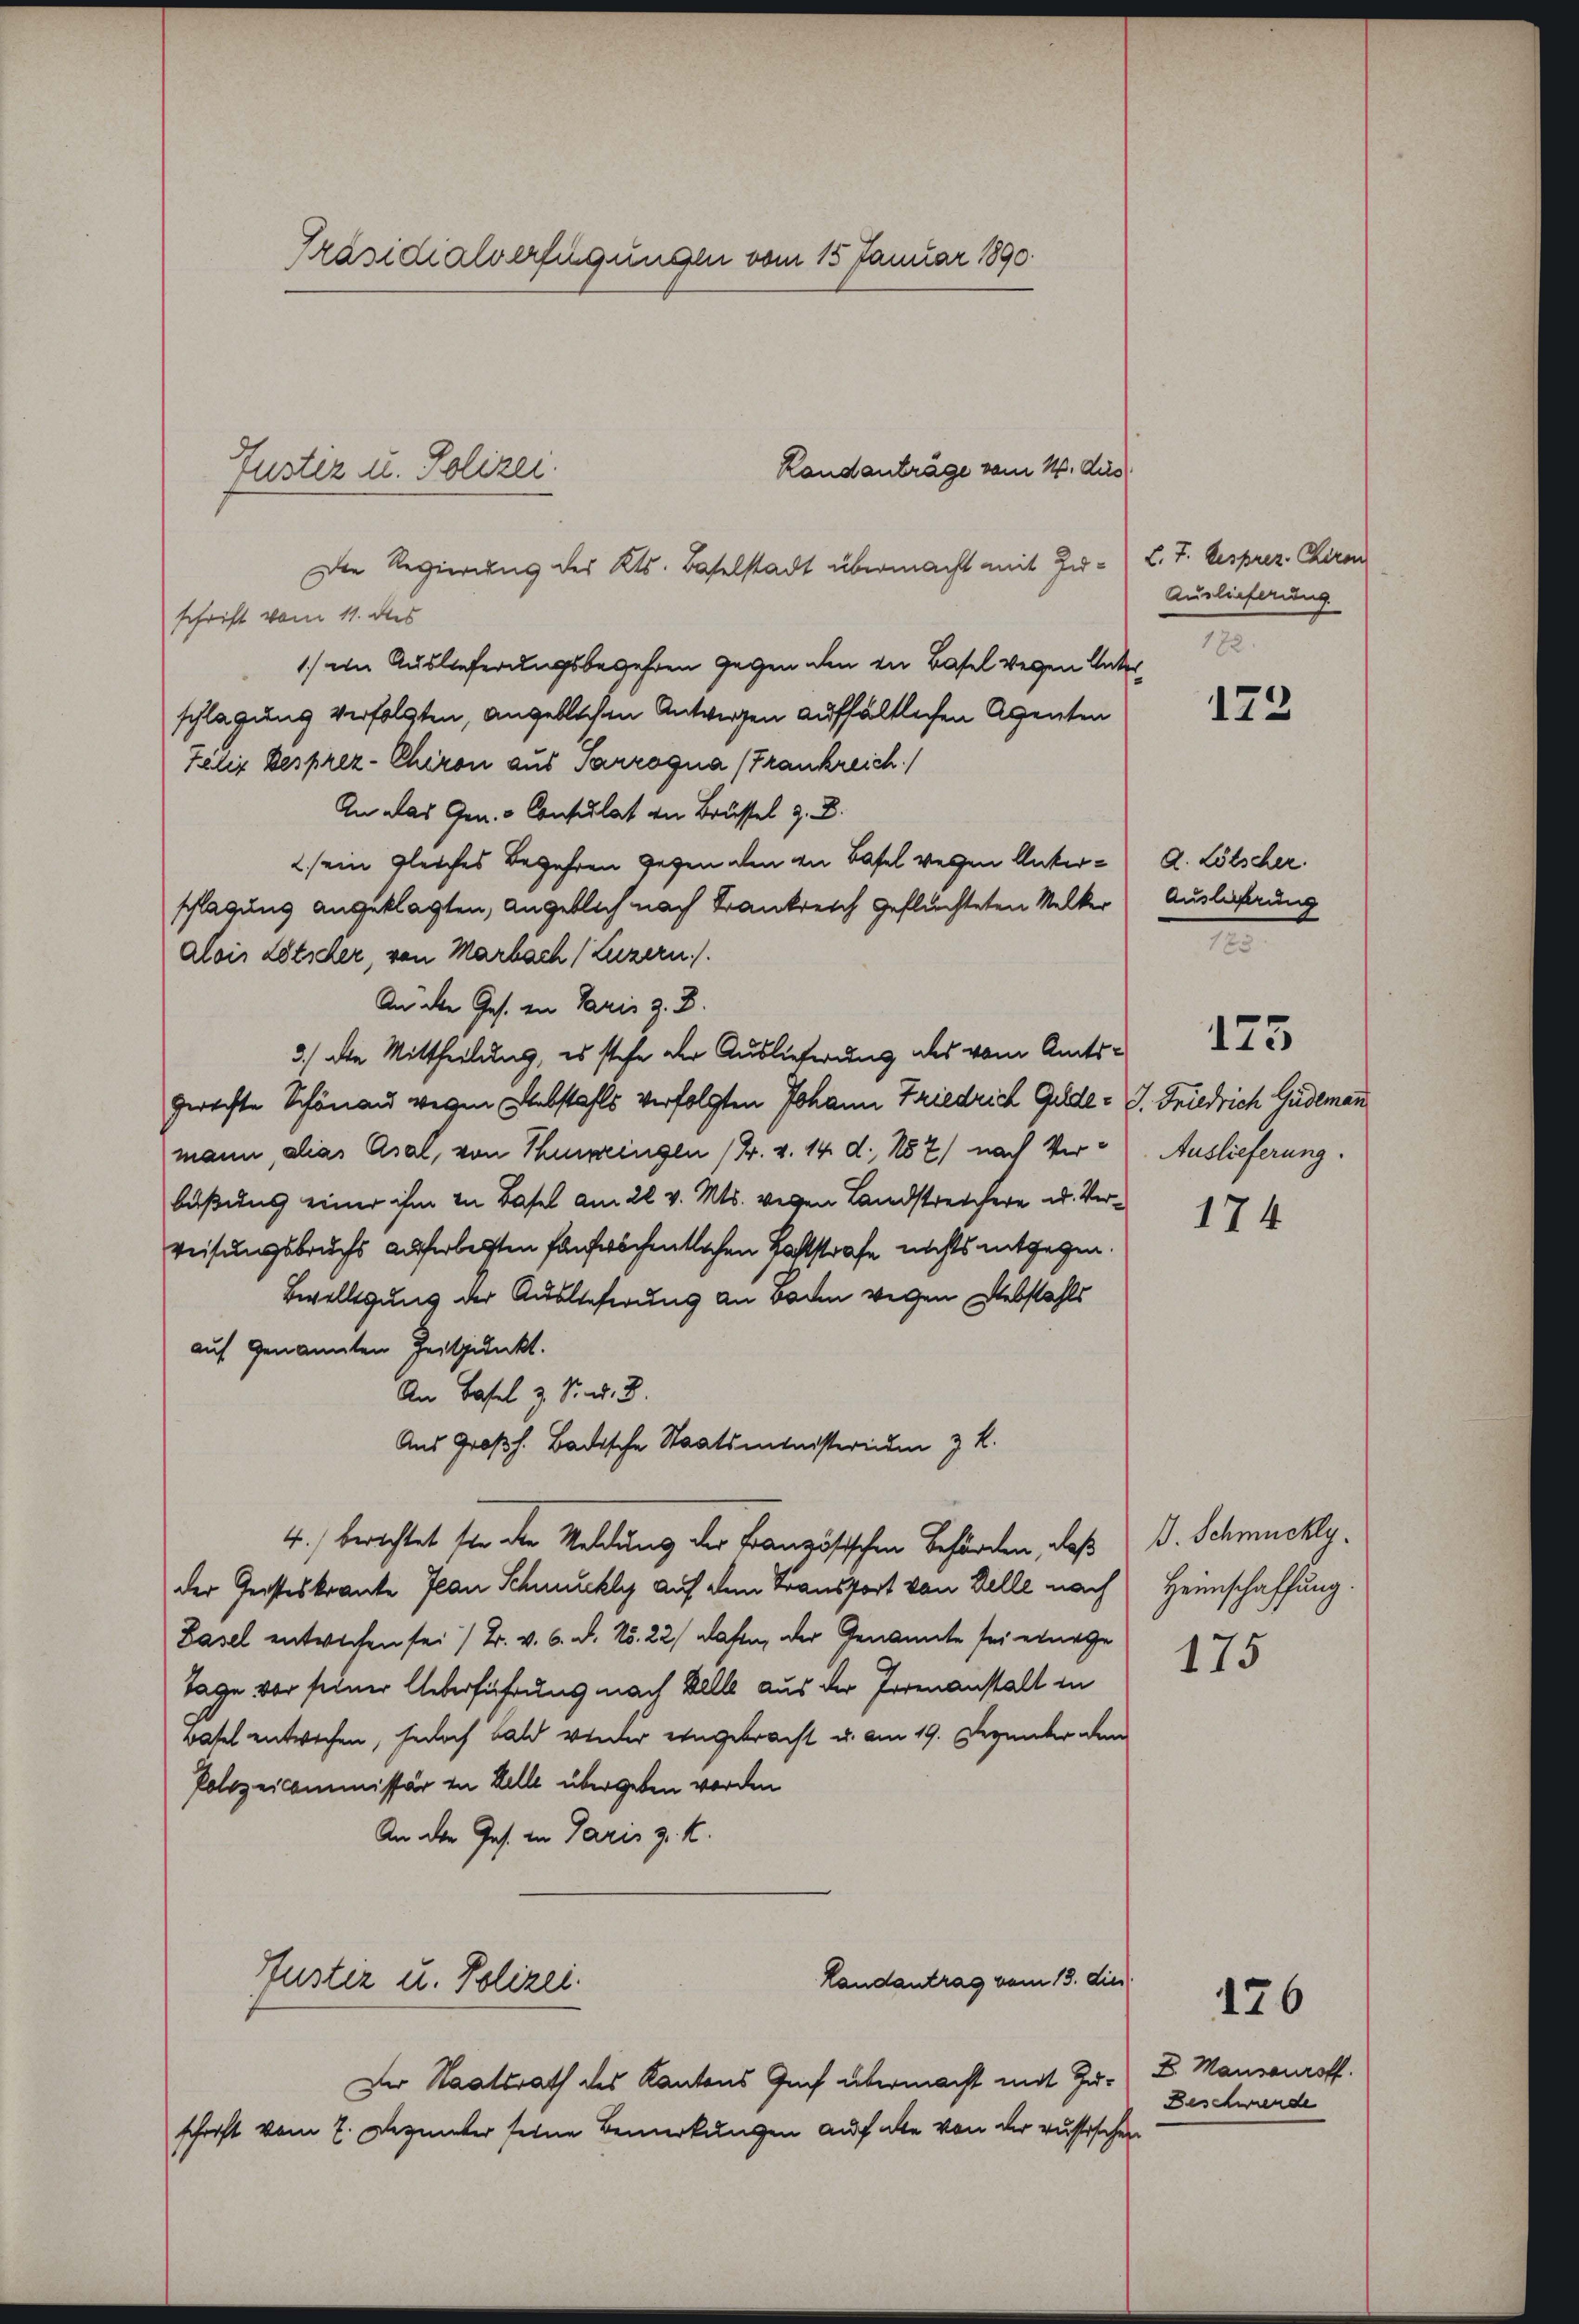
Präsidialverfügungen vom 15 Januar 1890.

Randanträge vom 11. Aus
Die Regierung des Kts. Baselstadt übermacht mit Zuschrift vom 11. des
1.) ein Auslieferungsbegehren gegen den in Basel wegen Unter
schlagung verfolgten, angeblichen Antwegen aufhältlichen Agenten
Zelig Besprez-Chiron aus Sarrogna (Frankreich.)
An das Gen. - Consulat in Brüssel z. B.
2.) ein gleiches Begehren gegen den an Basel weggen Unterschlagung angeklagten, angeblich nach Krankreich geflüchteten Melker
alois Lötscher, von Marbach (Luzern).
An die Ges. in Paris z. B.
3.) die Mittheilung, es stehe der Auslieferung als vom Amtsgerechte Schönau wegen Nebstahls verfolgten Johann Friedrich Gelde - G. Friedrich Güdemann
mann, alias Asal, von Thunzingen (Fr. v. 14. d. 152) nach Verbüßung einer ihm in Basel am 22. v. Mts. wegen Landstreichere u. Verweisungsbruchs auferlegten fanferschentlichen Paststrafe nichts entgegen.
Bewilligung der Auslieferung an Boden wegen Diebstahls
auf genannten Zeitpunkt.
An Basel z. S. d. 2.
Aus Großh. Badische Staatsministerium & K.
4.) berichtet sie der Meldung der Französischen Behörden, daß
der Geisteskranke Plan Schmuckly auf dem Transport von Welle nach
Basel entwichen sei / B. v. 6. d. No. 22) dafen, der Genannte sei einige
Tage vor seiner Ueberführung nach Bell aus der Torenanstalt in
wasel entwochen, jedoch bald wieder eingebracht u. am 19. Dezember den
Polizeicommissär in Kelle übergeben worden
An der Jes. in Paris z. K.
Landantrag vom 13. die
Puster u. Polizei.
Der Staatsrath des Kantons Auch übermacht mit Zuschrift vom 7. Dezember seine Bemerkungen auf alle von der russischen

Justiz u. Polizei.

L. T. besprez. Chiron
Auslieferung
182.

173

d. Lötscher.
Auslicherung
23
175
Auslieferung.

174

B. Schmuckly.
Heimschaffung

175

126

E. Mansouroff
Beschwerde